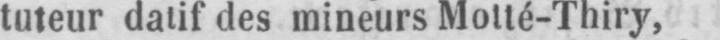
tuteur datif des mineurs Motté-Thiry,